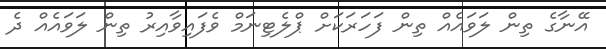
އޭނާގެ ތިން ލަވައެއް ތިން ފަހަރަކަށް ޕްލެޓިނަމް ވެފައިވާއިރު ތިން ލަވައެއް ދެ